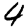
Digit: 4